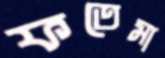
ফতেমা